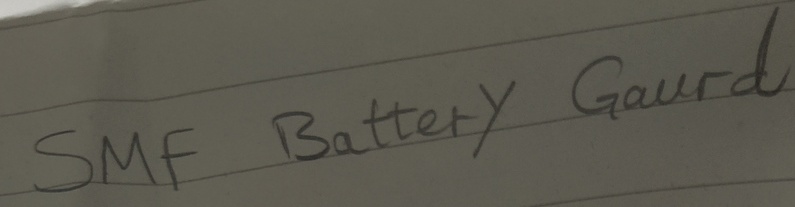
Text: SMF Battery Gaurd